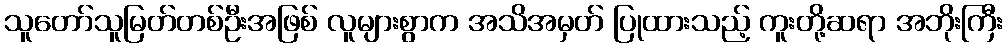
သူတော်သူမြတ်တစ်ဦးအဖြစ် လူများစွာက အသိအမှတ် ပြုထားသည့် ကူးတို့ဆရာ အဘိုးကြီး